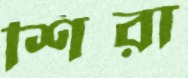
শিরা